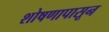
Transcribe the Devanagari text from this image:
शोषणापासून